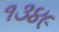
૧૩૪૯